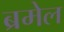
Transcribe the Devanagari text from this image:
ब्रमेल